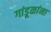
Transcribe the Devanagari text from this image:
गांडूळांना